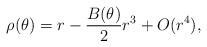
LaTeX: \begin{align*} \rho(\theta)= r - \frac{B(\theta)}{2}r^3+O(r^4), \end{align*}